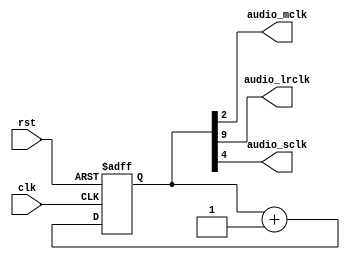
`timescale 1ns / 1ps
//////////////////////////////////////////////////////////////////////////////////
// Company: 
// Engineer: 
// 
// Design Name: 
// Module Name: frequency_divider
// Project Name: 
// Target Devices: 
// Tool Versions: 
// Description: 
// 
// Dependencies: 
// 
// Revision:
// Revision 0.01 - File Created
// Additional Comments:
// 
//////////////////////////////////////////////////////////////////////////////////


module frequency_divider(clk, rst, audio_mclk, audio_lrclk, audio_sclk);
    input clk, rst;
    output audio_mclk, audio_lrclk, audio_sclk;
    
    reg [10:0] q;
    reg [10:0] q_temp;
    
    assign audio_mclk = q[2];
    assign audio_lrclk = q[9];
    assign audio_sclk = q[4];
    
    always @* begin
        q_temp = q + 1'b1;
    end
    
    always @(posedge clk or negedge rst) begin
        if(~rst)
            q <= 11'b0;
        else 
            q <= q_temp;
    end
endmodule